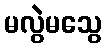
မလွဲမသွေ